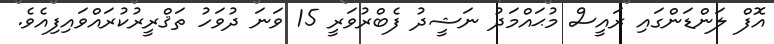
އޮފް ލަންޑަންގައި ރައީސް މުޙައްމަދު ނަޝީދު ފެބްރުވަރީ 15 ވަނަ ދުވަހު ތަޤްރީރުކުރައްވައިފިއެވެ.